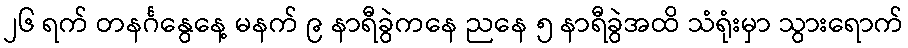
၂၆ ရက် တနင်္ဂနွေနေ့ မနက် ၉ နာရီခွဲကနေ ညနေ ၅ နာရီခွဲအထိ သံရုံးမှာ သွားရောက်